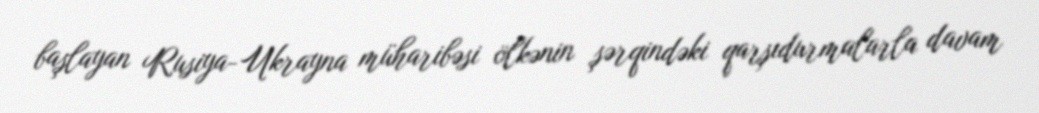
başlayan Rusiya-Ukrayna müharibəsi ölkənin şərqindəki qarşıdurmalarla davam